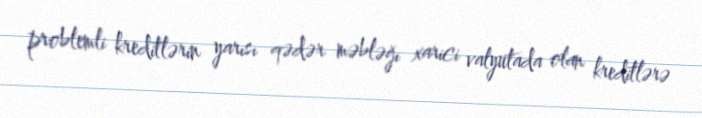
problemli kreditlərin yarısı qədər məbləğı xarici valyutada olan kreditlərə